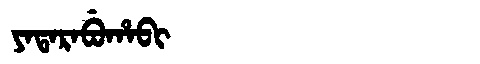
Manchu: ᠶᠠᡨᠠᡵᠠᠪᡠᡥᠠᠪᡳ
Romanization: YATARABUHABI